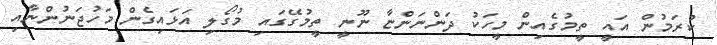
ކުރަމުން އައީ ތީމުގެއިން މީހަކު ދަންނަންޏާ ނޫނީ ތީމުގޭގައި މުގޯލި އަޅައިގެން މަހުޖަނުންނާއި